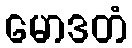
မောဒတံ